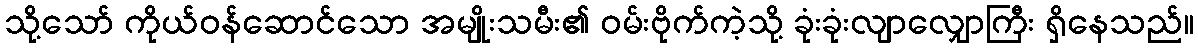
သို့သော် ကိုယ်ဝန်ဆောင်သော အမျိုးသမီး၏ ဝမ်းဗိုက်ကဲ့သို့ ခုံးခုံးလျာလျှောကြီး ရှိနေသည်။